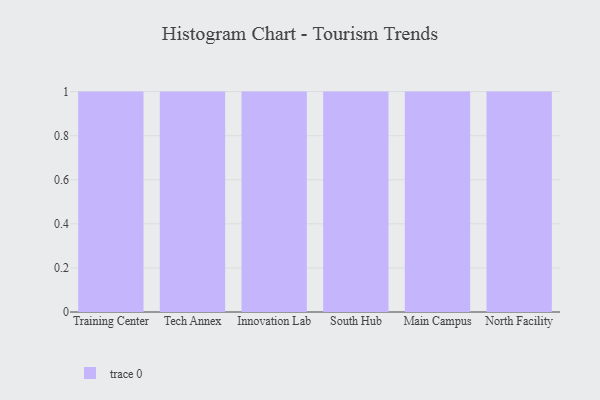
{"axis": {"x": "Campus", "y": "Active Users"}, "legend": [""], "data": [{"x": "Training Center", "y": 72, "type": ""}, {"x": "Tech Annex", "y": 11, "type": ""}, {"x": "Innovation Lab", "y": 50, "type": ""}, {"x": "South Hub", "y": 34, "type": ""}, {"x": "Main Campus", "y": 51, "type": ""}, {"x": "North Facility", "y": 38, "type": ""}]}